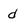
Character: d